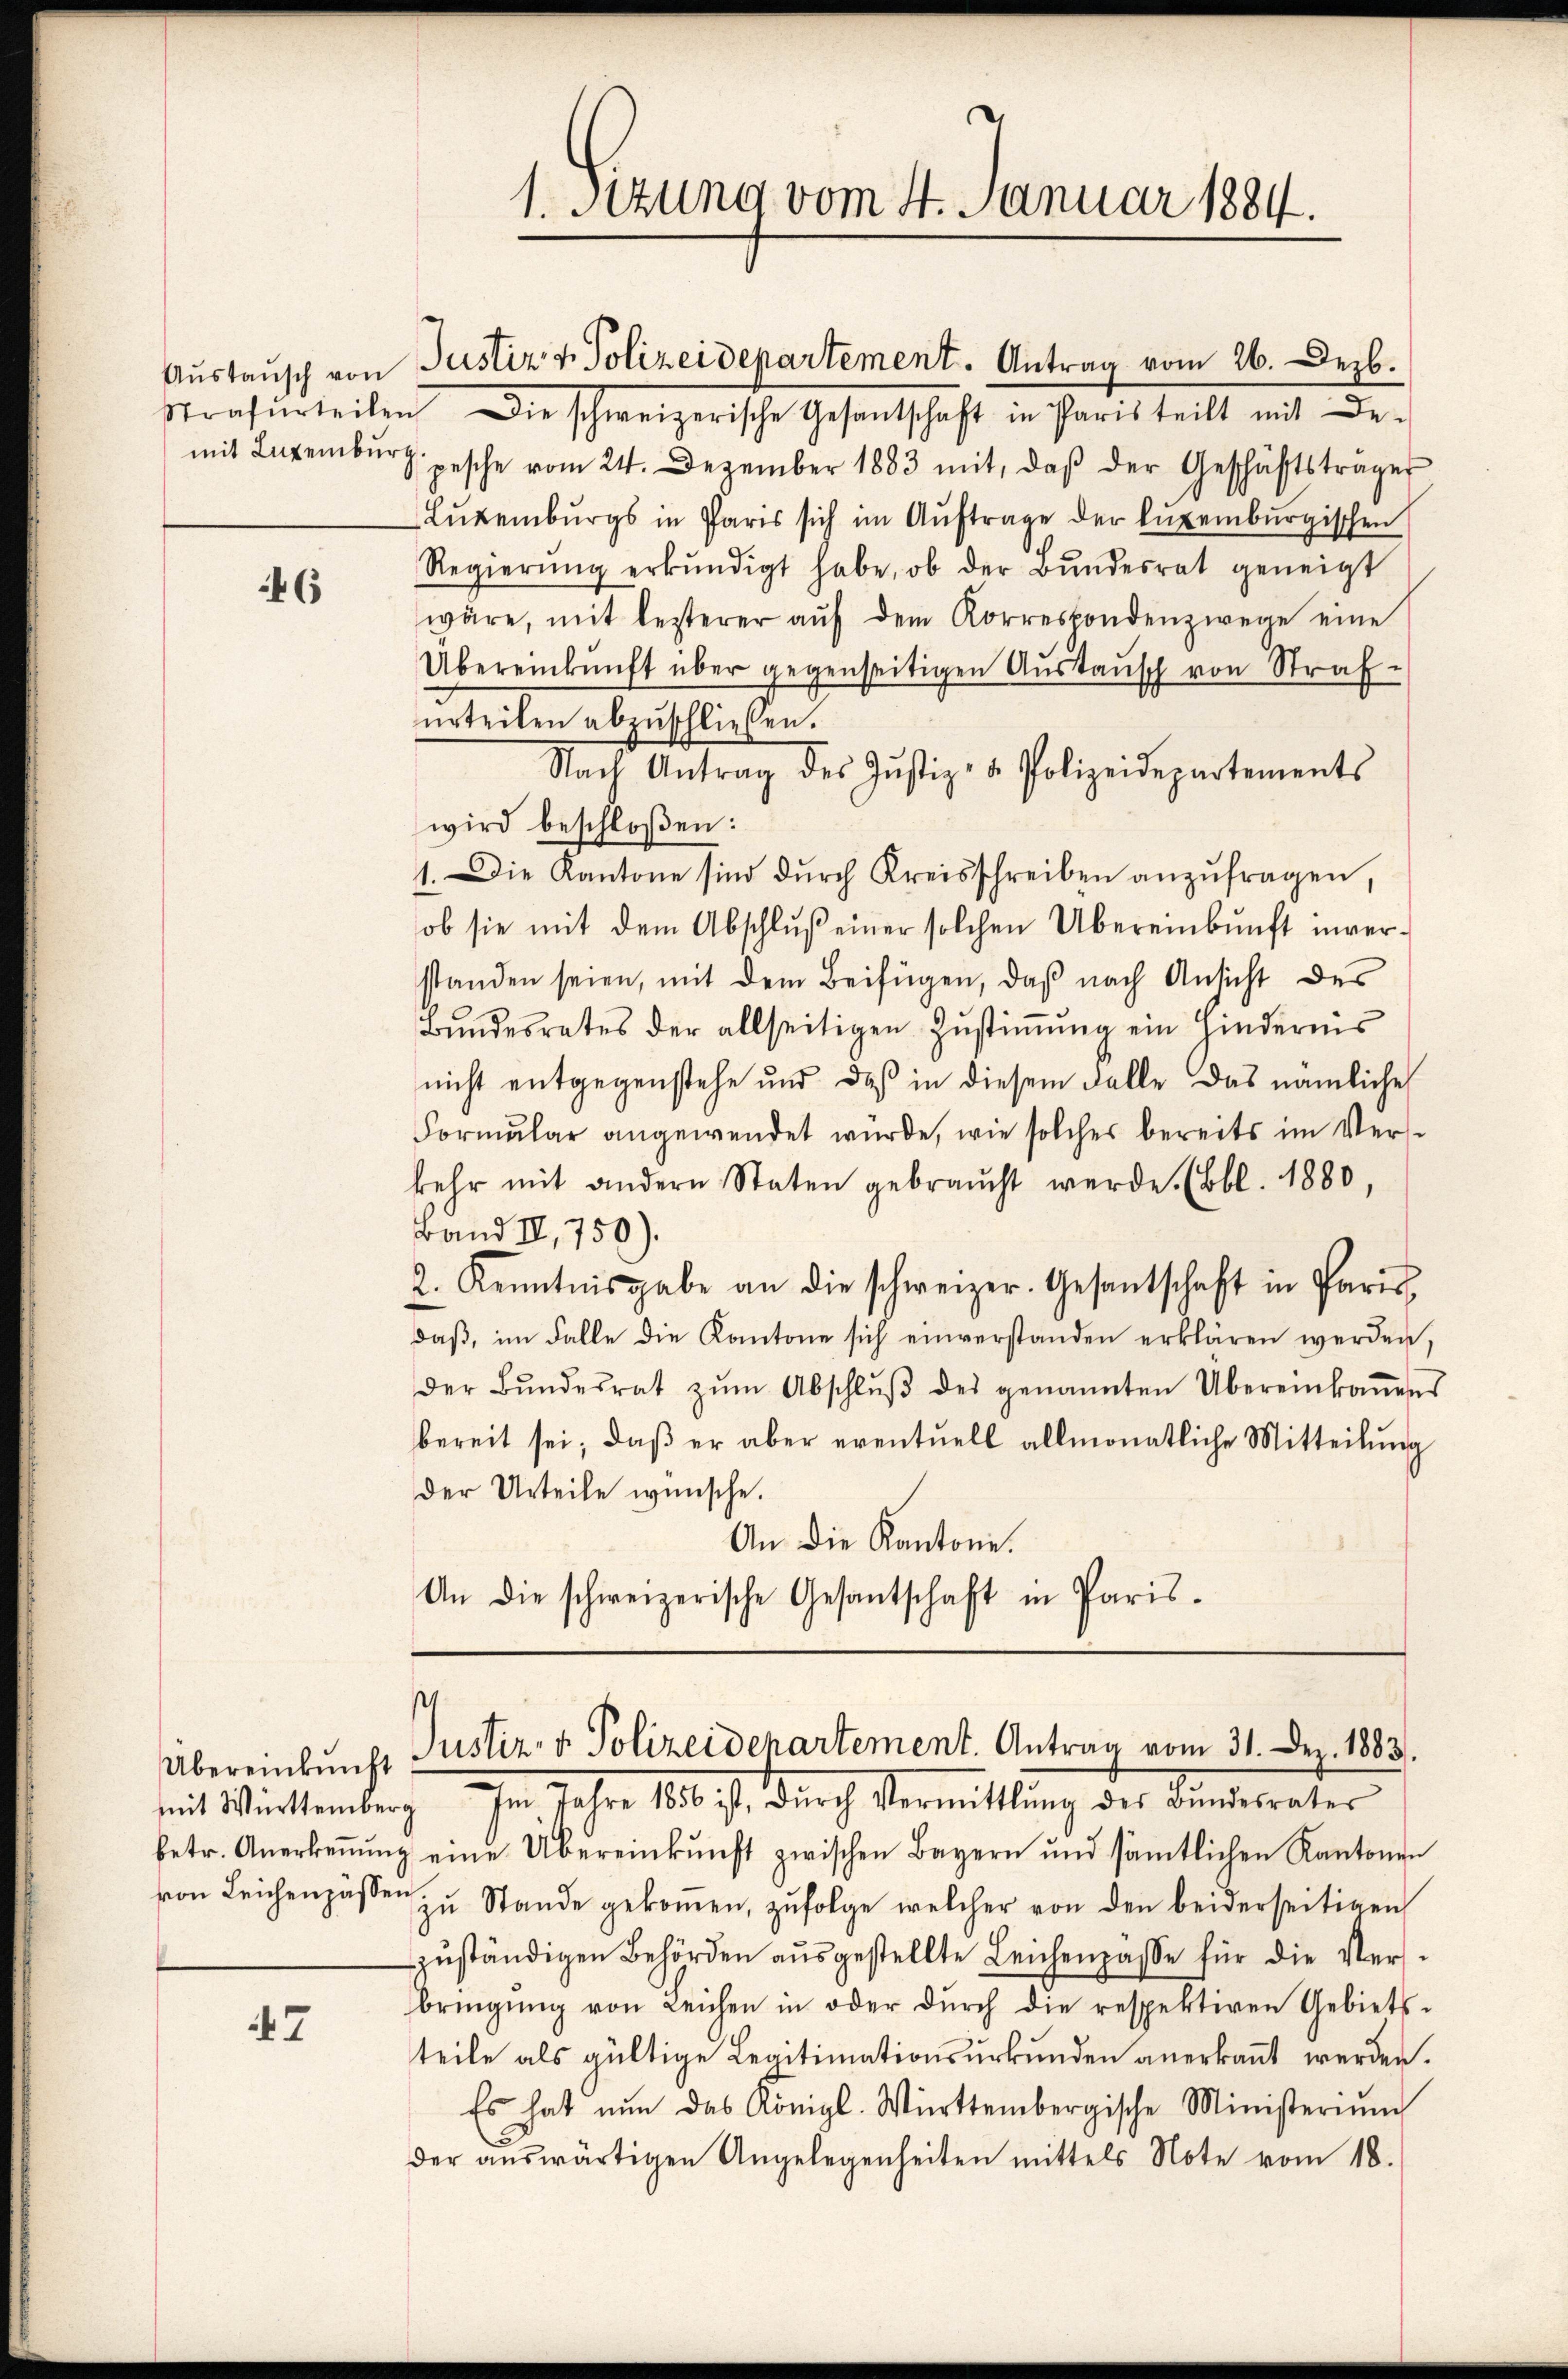
46

47

Aŭstaŭsch von Justiz & Polizeidepartement. Antrag vom 26. Dezb.
Strafurteilen. Die schweizerische Gesantschaft in Paris teilt mit Be-
mit Luxenbŭrg pesche vom 24. Dezember 1883 mit, daβ der Geschäftsträger
Lŭtenburgs in Paris sich im Aŭftrage der kurenburgischen
Regierŭng erkŭndigt habe, ob der Bŭndesrat geneigt
wäre, mit lezterer aŭf dem Korrespondenzwege eine
Übereinkunft über gegenseitigen Austausch von Strafurteilen abzuschließen.
Nach Antrag des Jŭstiz- & Polizeidepartements
wird beschloßen:
1. Die Kantone sind dŭrch Kreisschreiben anzŭfragen,
ob sie mit dem Abschlŭβ einer solchen Übereinbŭnft inver-
standen seien, mit dem Beifügen, daβ nach Ansicht der
Bŭndesrates der allseitigen Zŭstiṁŭng ein Hindernis
nicht entgegenstehe und daß in diesem Falle das nämliche
Formular angewendet wurde, wie solches bereits im Ver-
kehr mit andern Staten gebraucht werde. (bbl. 1880,
Band II. 750).
2. Kenntnisgabe an die schweizer-Gesantschaft in Paris
daβ, im Falle die Kantone sich einverstanden erklären werden,
der Bŭndesrat zŭm Abschlŭβ des genannten Übereinkaṁens
bereit sei; daß er aber eventuell allmonatliche Mitteilung
der Urteile wünsche.
An die Kantone.
An die schweizerische Gesantschaft in Paris.

1. sezung vom 4. Januar 1884.

s
Übereinbŭng Justiz- & Polizeidenartement. Antrag vom 31. Dez. 1883.
mit Württemberg Im Jahre 1836. ist. durch Vermittlung des Bunderates

betr. Anerkeṅŭng eine Übereinkunft zwischen Bayern und sämtlichen Kantonen
von Leichenpassen zŭ Stande gekoṁen, zŭfolge welcher von den beiderseitigen
zŭständigen Behörden aŭsgestellte Leichenpasse für die Ver-
bringŭng von Leichen in oder dŭrch die respektiven Gebiets-
teile als gültige Legitimationsurkunden anerkannt werden.
Es hat nun das Königl. Württembergische Ministeriŭm
der aŭswärtigen Angelegenheiten mittels Note vom 18.